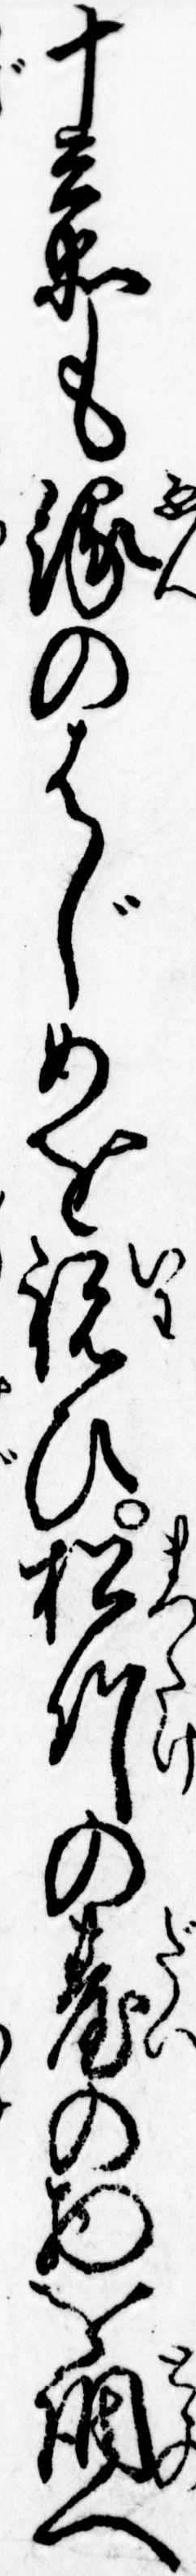
十兵衛も縁のはじめを祝ひ松竹の台の物を調へ